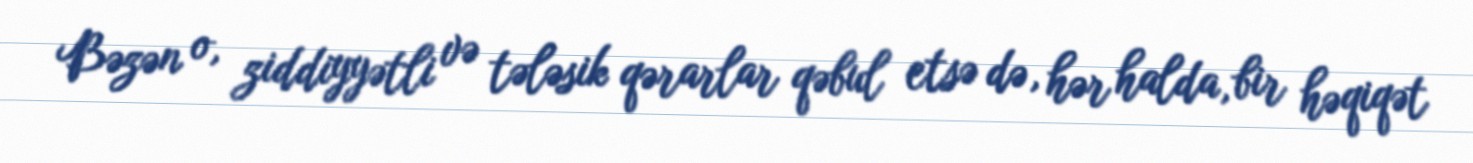
Bəzən o, ziddiyyətli və tələsik qərarlar qəbul etsə də, hər halda, bir həqiqət